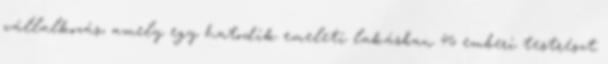
vállalkozás, amely egy hatodik emeleti lakásban 46 emberi testrészt